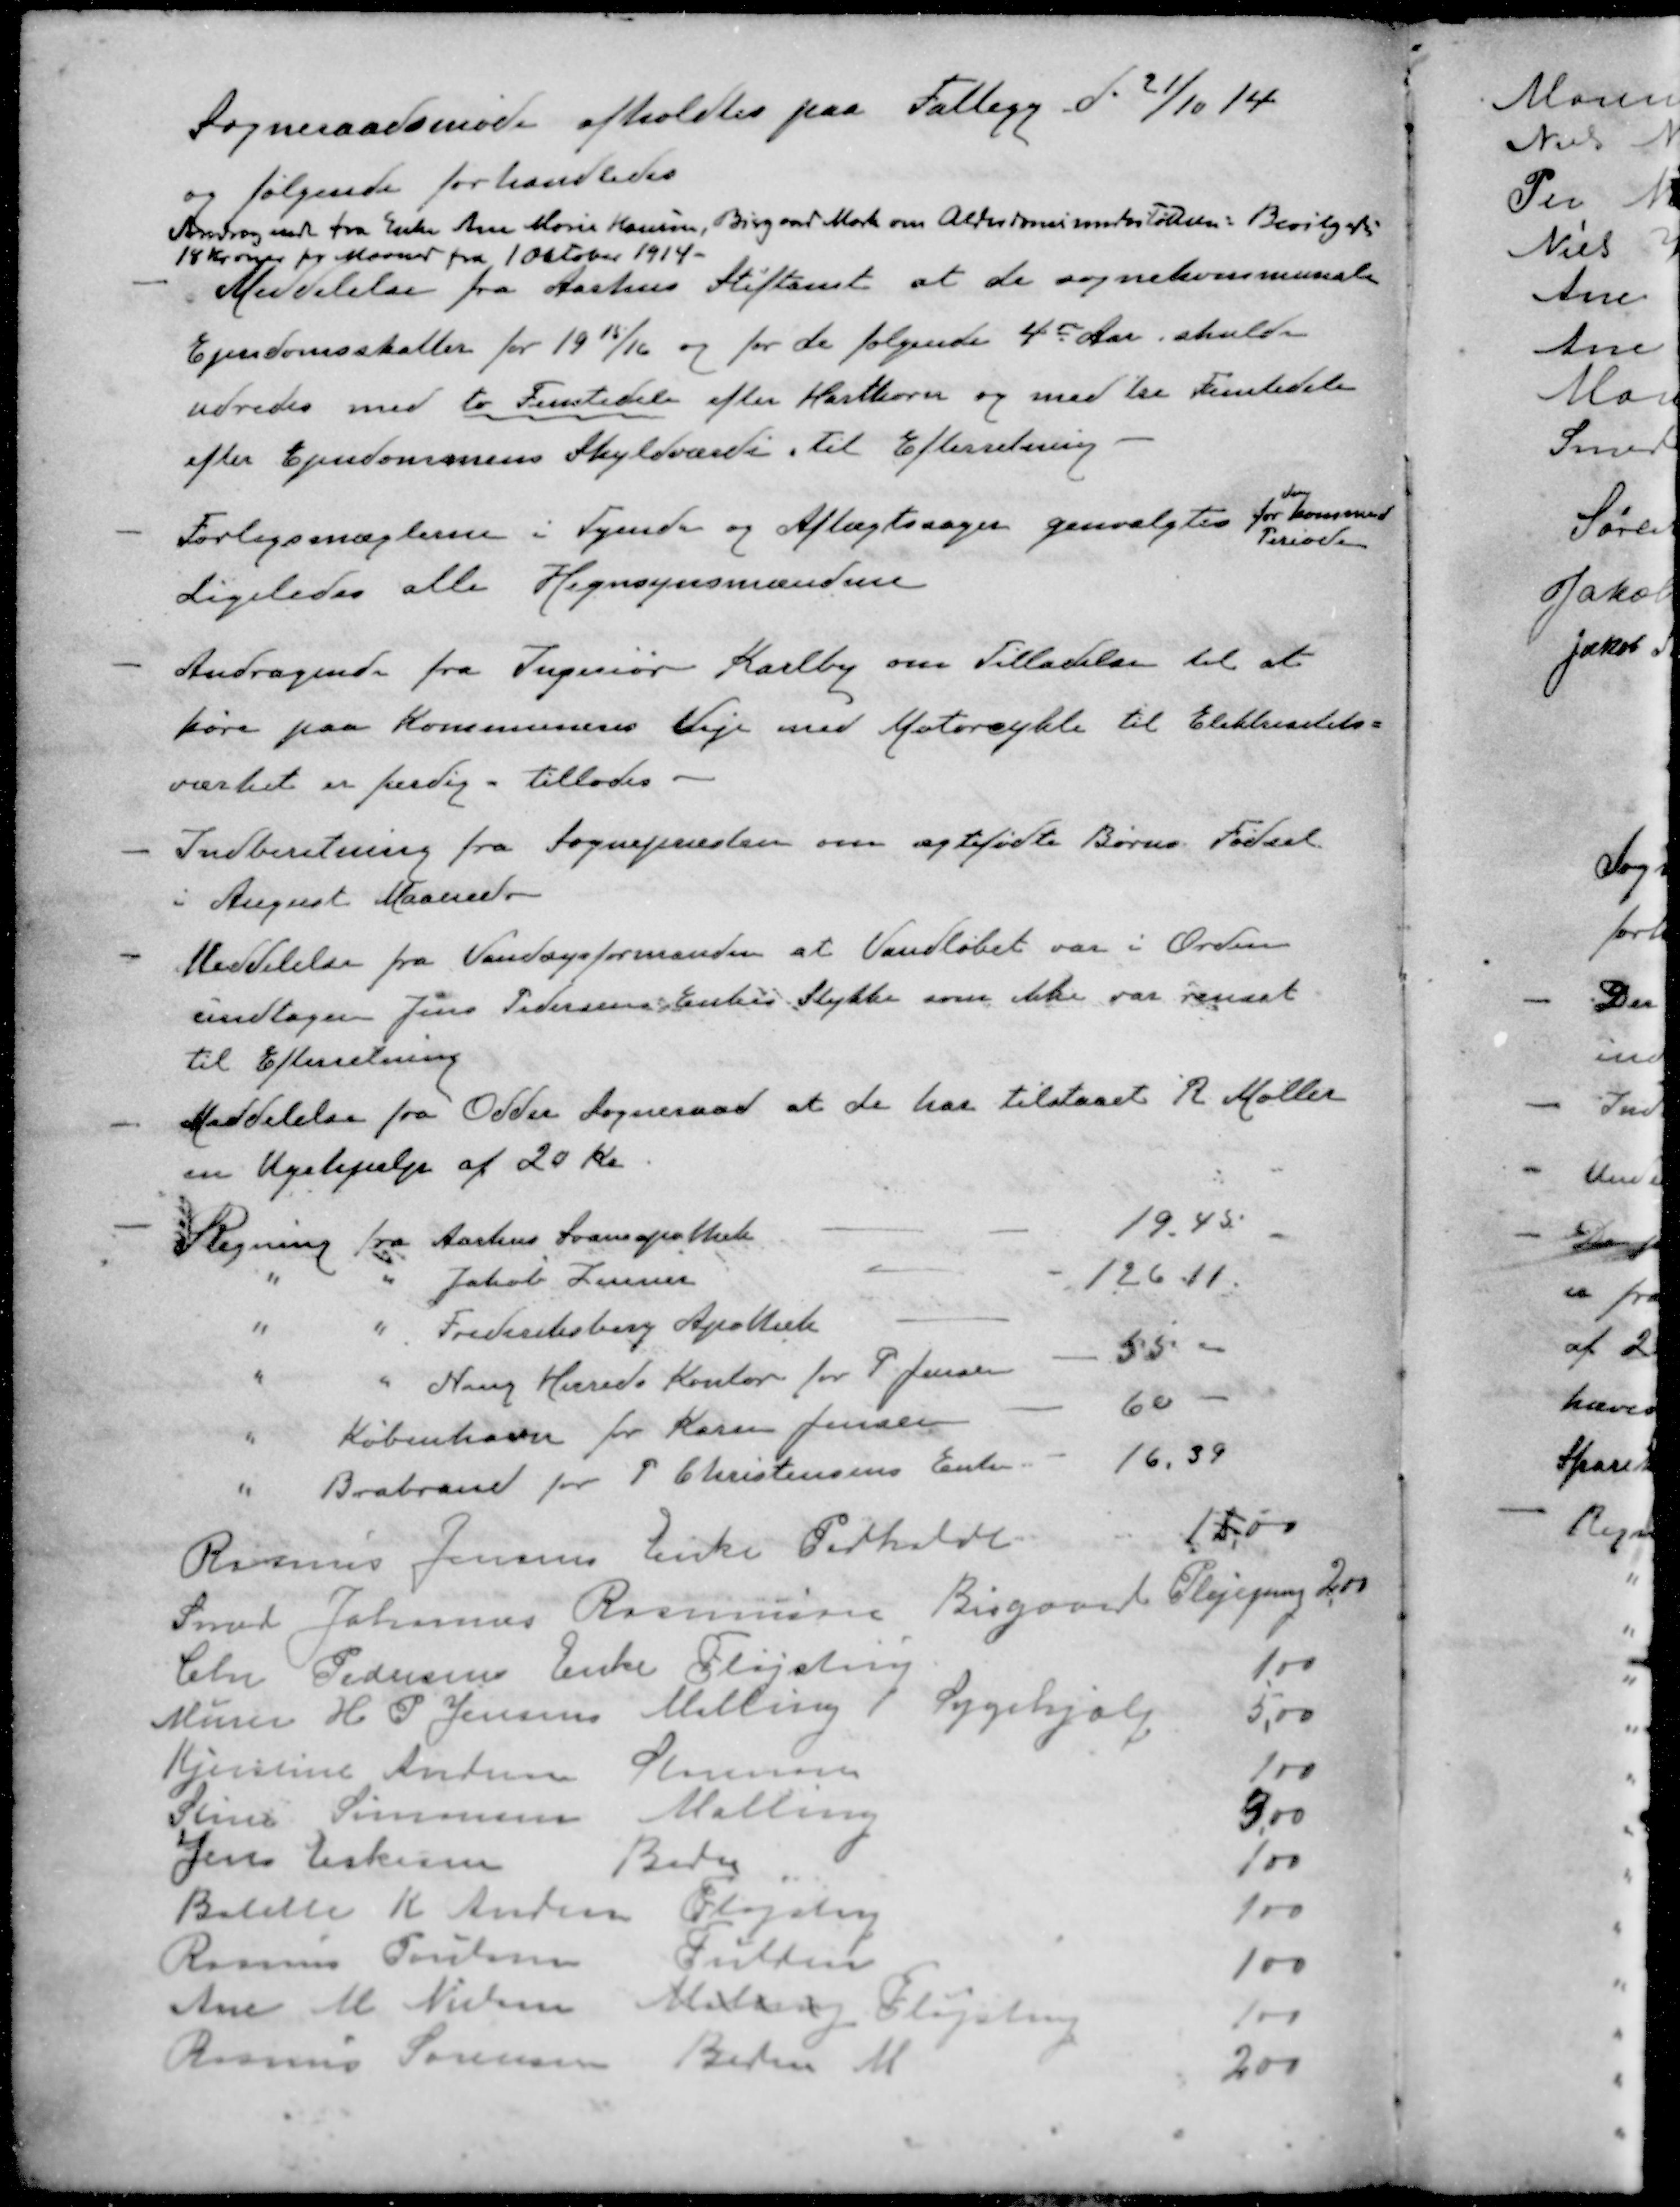
Transskription:
Sogneraadsmøde afholdtes paa Fattigg d. 21/10 14
og følgende forhandledes
Andragende fra Enke Ane Marie Hansen, Bisgaard Mark om Alderdomsunderstøttelse. Bevilgedes
18 Kr. over pr Maaned fra 1 Oktober 1914.
- Meddelelse fra Aarhus Stiftamt at de sognekommunale
Ejendomsskatter for 1915/16 og for de følgende 4de Aar, skulde
udredes med to Femtedele efter Hartkorn og med tre Femtedele
efter Ejendommens Skyldværdi til Efterretning.
for
- Forligsmæglerne i Tyende og Aftægtssager genvalgtes for kommend
Periode
Ligeledes alle Hegnsynsmændene
- Andragende fra Ingeniør Karlby om Tilladelse til at
køre paa Kommunens Veje med Motorcykle til Elektricitets-
værket er færdig tillades.
- Indberetning fra Sognepræsten om ægtefødte Børns Fødsel
i August Maaned
- Meddelelse fra Vandsysformanden at Vandløbet var i Orden
undtagen Jens Pedersens Enkes Stykke som ikke var rensat
til Efterretning
- Meddelelse fra Odder Sogneraad at de har tilstaaet R. Møller
en Ugehjælp af 20 Kr.
- Regning fra Aarhus Svaneapothek - - 19,45
" " Jakob Lenner - - 126,11
" " Frederiksberg Apothek - 
" " Ning Herreds Kontor for P. Jensen - 55 "
" København for Karen Jensen - 60 -
" Brabrand for P Christensens Enke - 16.39
Rasmus Jensens Enke Pedholdt. 15,00
Smed Johannes Rasmussen Bisgaard Plejegang 2,00
Chr Pedersens Enke Fløjstrup 1,00
Murer H. P. Jensens Malling Sygehjælp 5,00
Kjerstine Andersen Storenor 1,00
Stine Sørensen Malling 3,00
Jens Eskersen Beder 100
Bolette K Anders Fløjstrup 100
Rasmus Poulsen Fulden 100
Ane M Nielsen Malling Fløjstrup
Rasmus Sørensen Beder M 200